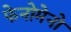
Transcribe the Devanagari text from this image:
फेनोमेनो